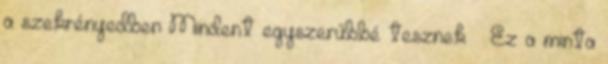
a szekrényedben Mindent egyszerűbbé tesznek » Ez a minta